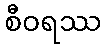
စီဝရဿ